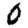
Digit: 0